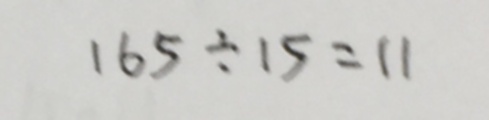
1 6 5 \div 1 5 = 1 1